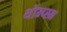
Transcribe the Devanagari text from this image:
थोम्प्स्न